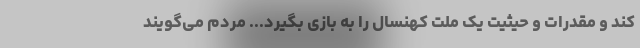
کند و مقدرات و حیثیت یک ملت کهنسال را به بازی بگیرد... مردم می‌گویند